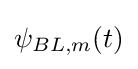
\psi _{BL,m}(t)